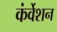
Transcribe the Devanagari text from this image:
कंर्वेशन